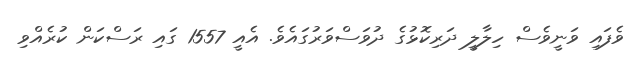
ވެފައި ވަނީވެސް ހިލާލީ ދަރިކޮޅުގެ ދުވަސްވަރުގައެވެ. އެއީ 1557 ގައި ރަސްކަން ކުރެއްވި